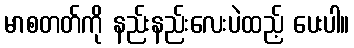
မာစတတ်ကို နည်းနည်းလေးပဲထည့် ပေးပါ။